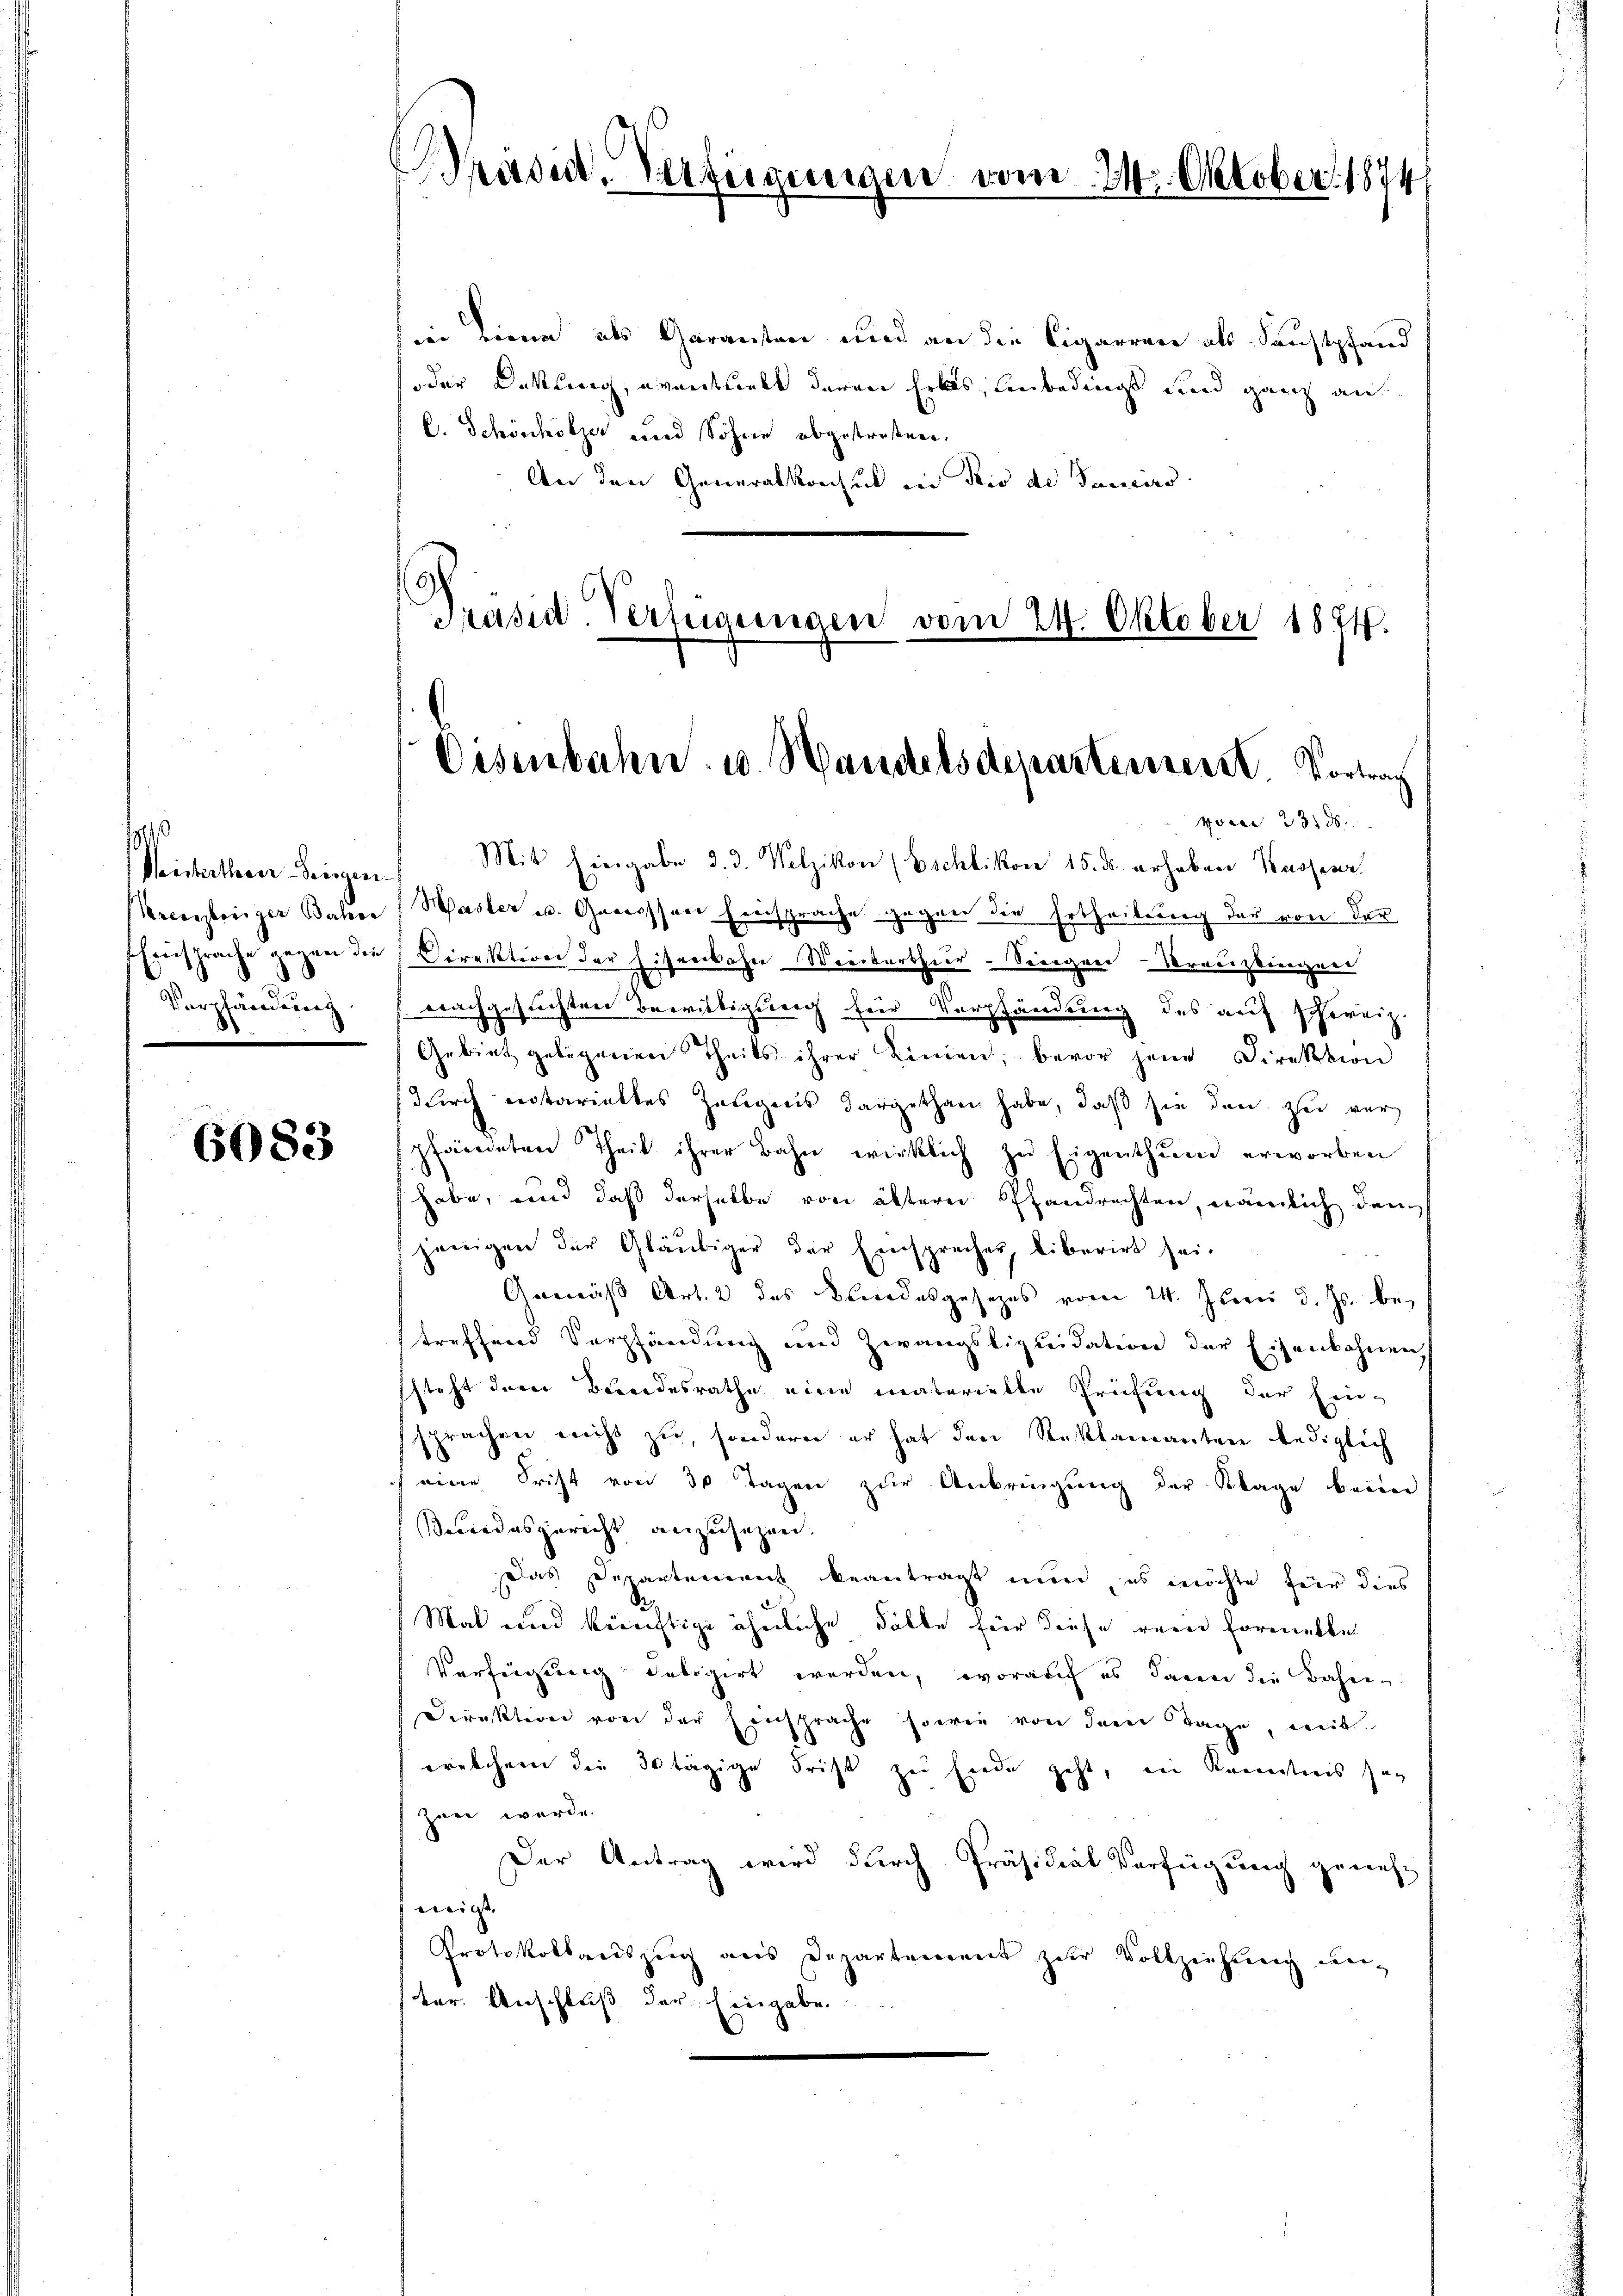
s
Meisterthen Leingen.
Verpfändung

6083

iin diene als Garanten und an die Cigarren als Saustpfand
oder Dattling, eventuelt daran hebes, unbedings und ganz au
C. Schönhölzer und Söhne abgestraßen.
An den Generalkonsul in die de Sanciro
Präsid. Verfügungen vom 24. Oktober 1874.

Präsid. Verfügungen vom 24. Oktober. 1874

Eisenbahn u. Handelsdeparteurer Vortrag

vveci 23100.

Mit Eingabe d. d. Welzikon (Eschlikon 15. d. erhaben Kassenr
rceyberger Jahre (Waster u. Genossen Einsprache gegen die Ertheilung der von der
Einsprache gegen die Direktion der Eisenbahn Weinbarthur-Seeigner-Kreuzkingen
nachgesuchten Bewilligung für Verpfändung des auf schweiz.
Gebiet gelegenen Theils ihrer Linien, bevor jene Direktion
durch entarialtes Zeugens dargethan habe, daß sie den zu ver
pfändeten Theil ihrer Bahn wirklich zu Eigenthŭm erworben
habe, und daß derselbe von ältern Pfandrechten, nämlich den
jenigen der Gläubiger der Einsprecher, liberirt sei.
 1
Gemäß Art. 2 des Blindesgesezes vom 24. Juni d. Js. betreffend Verpfändung und Zwangsliquidation der Eisenbahnen,
steht derer Bundesrathe eine materielle Prüfung der Ein-
sprachen nicht zu, sondern er hat den Reklamanten lediglich
 eine Frist von 30 Tagen zur Anbringung der Klage beim
seeindesgericht anzusagen.
Das Departement beantragt nun, es möchte für dies
Si
Mat und künftige ähnliche Fälle für diese rein Formalbe
Verfügung deligirt werden, worauf es dann die Bahnen
Direktion von der Einsprache sowie von dem Tage, mit
welchem die 30tägige Frist zu Ende geht, ein Kannstreis sag
Zone werde.
Der Antrag wird durch Präsidial Verfügung geneh-
neigt
Protokollauszug aus Departement zur Vollziehung un-
ter. Anschluß der Eingabe